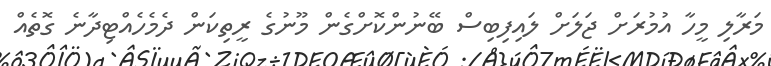
މަރާލި މީހާ އުމުރަށް ޖަލަށް ލައިފިބިސް ބޭނުންކޮށްގެން މޫނުގެ ރީތިކަން ދެމެހެއްޓިދާނެ ގޮތެއް